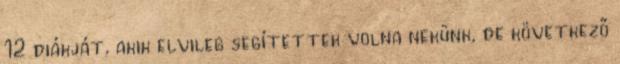
12 diákját, akik elvileg segítettek volna nekünk, de következő